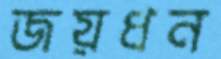
জয়ধন